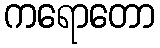
ကရောတော